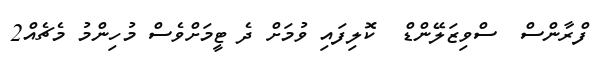
ފްރާންސް  ސްވިޒަލޭންޑް  ކޮލިފައި ވުމަށް ދެ ޓީމަށްވެސް މުހިންމު މެޗެއް2